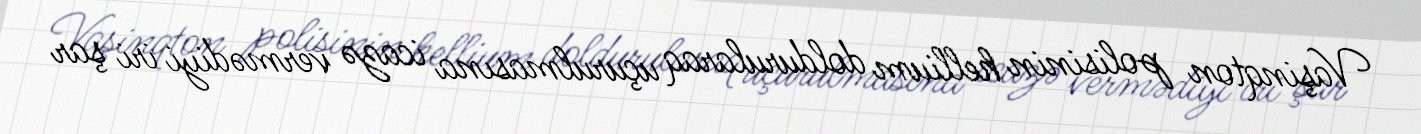
Vaşinqton polisinin hellium doldurularaq uçurulmasına icazə vermədiyi iri şar